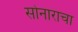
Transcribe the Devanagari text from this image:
सोनाराचा